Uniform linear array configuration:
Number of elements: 24
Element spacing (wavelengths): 1
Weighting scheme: cosine
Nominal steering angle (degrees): -60
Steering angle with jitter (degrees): -60.7
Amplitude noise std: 0.05
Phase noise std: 0.05

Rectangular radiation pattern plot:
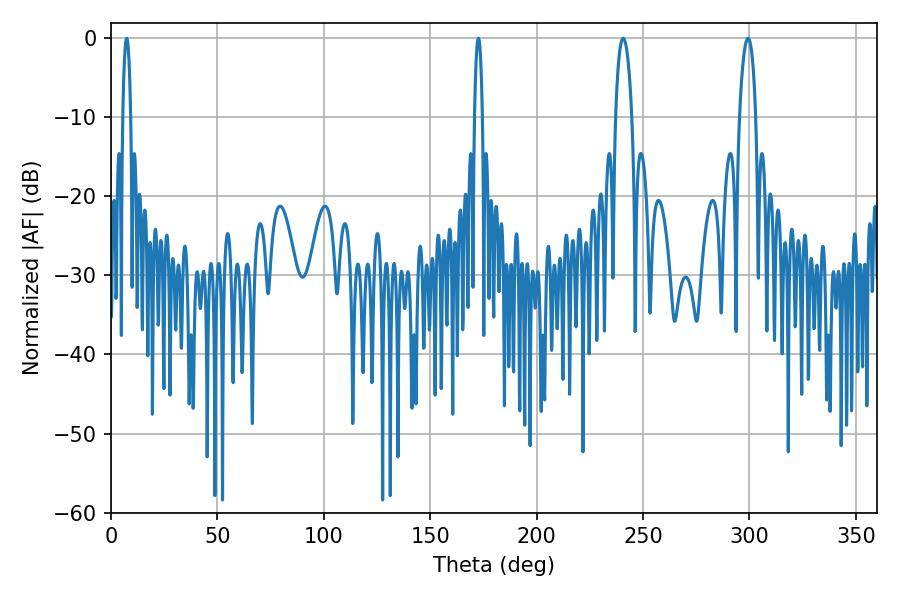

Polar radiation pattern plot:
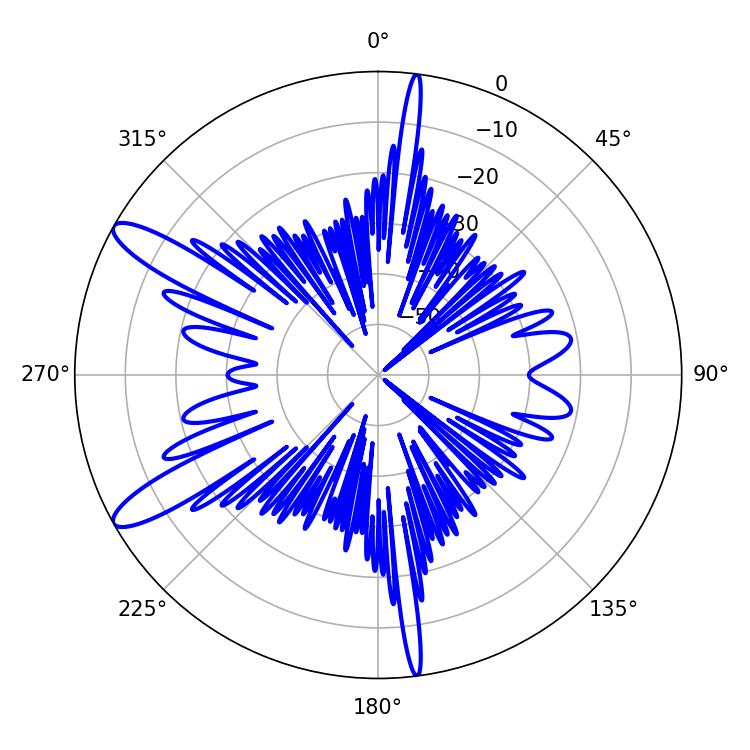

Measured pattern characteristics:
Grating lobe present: TRUE
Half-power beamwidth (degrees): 4.5
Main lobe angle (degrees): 240.66